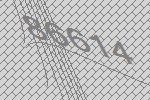
86614